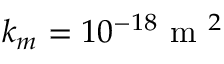
k _ { m } = 1 0 ^ { - 1 8 } \mathrm { ~ m ~ } ^ { 2 }